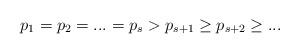
LaTeX: \begin{align*}p_{1}=p_{2}=...=p_{s}>p_{s+1}\geq p_{s+2}\geq...\end{align*}